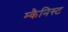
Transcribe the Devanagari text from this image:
म्कैनिस्ट